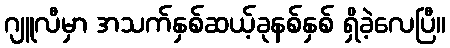
ဂျူလီမှာ အသက်နှစ်ဆယ့်ခုနစ်နှစ် ရှိခဲ့လေပြီ။